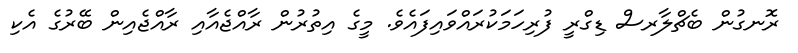
ރޮނގުން ބެޗްލާރސް ޑިގްރީ ފުރިހަމަކުރައްވައިފައެވެ. މީގެ އިތުރުން ރާއްޖެއާއި ރާއްޖެއިން ބޭރުގެ އެކި